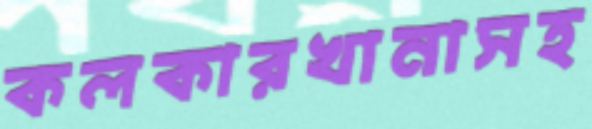
কলকারখানাসহ